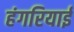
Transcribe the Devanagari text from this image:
हंगरियाई